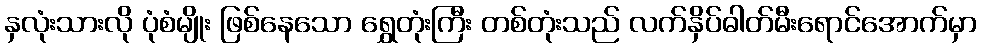
နှလုံးသားလို ပုံစံမျိုး ဖြစ်နေသော ရွှေတုံးကြီး တစ်တုံးသည် လက်နှိပ်ဓါတ်မီးရောင်အောက်မှာ